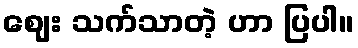
ဈေး သက်သာတဲ့ ဟာ ပြပါ။